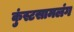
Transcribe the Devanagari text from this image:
कुंस्टसामलंग